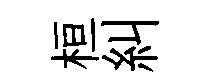
桓糾